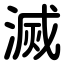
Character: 滅